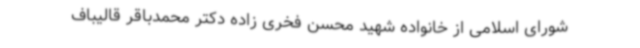
شورای اسلامی از خانواده شهید محسن فخری زاده دکتر محمدباقر قالیباف